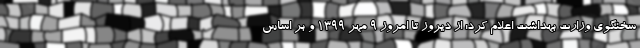
سخنگوی وزارت بهداشت اعلام کرد: از دیروز تا امروز ۹ مهر ۱۳۹۹ و بر اساس